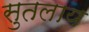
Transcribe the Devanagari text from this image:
सुतलाय